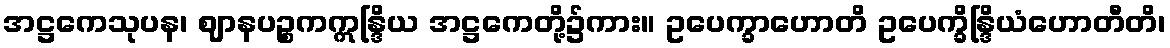
အဋ္ဌကေသုပန၊ ဈာနပဉ္စကဣန္ဒြိယ အဋ္ဌကေတို့၌ကား။ ဥပေက္ခာဟောတိ ဥပေက္ခိန္ဒြိယံဟောတီတိ၊